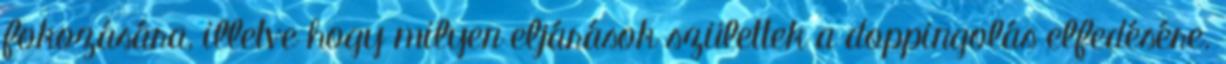
fokozására, illetve hogy milyen eljárások születtek a doppingolás elfedésére.